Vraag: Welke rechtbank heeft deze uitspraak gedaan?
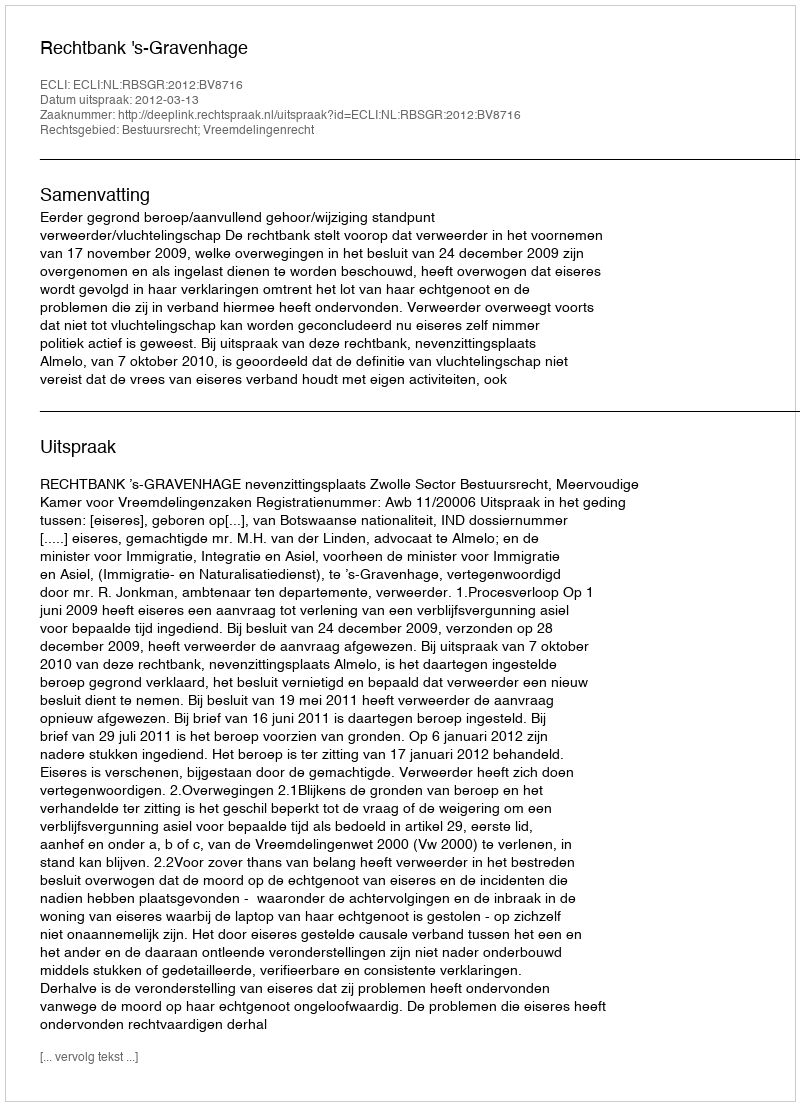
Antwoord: Rechtbank 's-Gravenhage